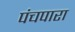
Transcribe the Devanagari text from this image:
पंचपारा